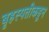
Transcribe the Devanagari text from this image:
बृहस्पतीकडून